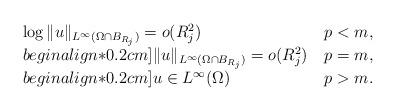
LaTeX: \begin{align*}\begin{array}{ll}\log \|u\|_{L^\infty(\Omega \cap B_{R_j})} = o(R_j^2) & \, p < m, \\begin{align*}0.2cm]\|u\|_{L^\infty(\Omega \cap B_{R_j})} = o(R_j^2) & \, p = m, \\begin{align*}0.2cm]u \in L^\infty(\Omega) & \, p > m.\end{array}\end{align*}